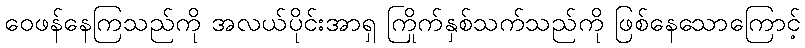
ဝေဖန်နေကြသည်ကို အလယ်ပိုင်းအာရှ ကြိုက်နှစ်သက်သည်ကို ဖြစ်နေသောကြောင့်